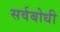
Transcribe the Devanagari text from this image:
सर्वबोधी